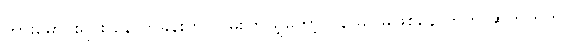
ကားမောင်းရင်း နောက်ခန်းကို လှမ်းကြည့်တော့ ဂနာမငြိမ်ဖြစ်နေတာက ဆက်တိုက်ပဲ။